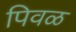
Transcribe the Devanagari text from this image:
पिवळ